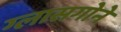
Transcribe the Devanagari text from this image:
ग्लासगोने